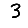
Digit: 3